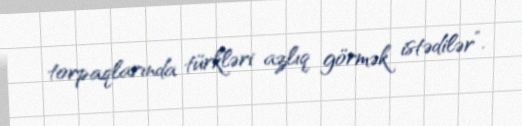
torpaqlarında türkləri azlıq görmək istədilər”.